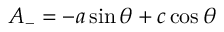
A _ { - } = - a \sin \theta + c \cos \theta